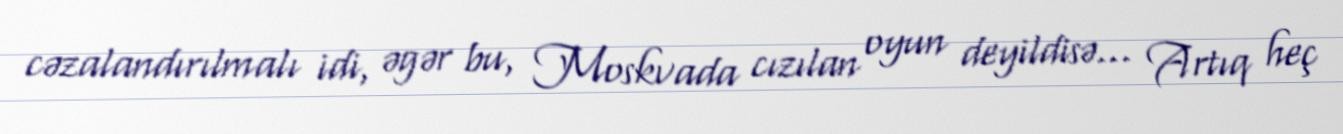
cəzalandırılmalı idi, əgər bu, Moskvada cızılan oyun deyildisə... Artıq heç